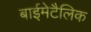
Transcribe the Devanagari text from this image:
बाईमेटैलिक